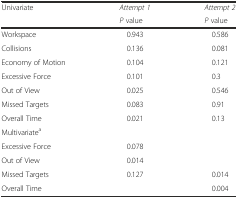
<table><thead><tr><td rowspan="2"><b>Univariate</b></td><td><b><i>Attempt 1</i></b></td><td><b><i>Attempt 2</i></b></td></tr><tr><td><b><i>P</i> value</b></td><td><b><i>P</i> value</b></td></tr></thead><tbody><tr><td>Workspace</td><td>0.943</td><td>0.586</td></tr><tr><td>Collisions</td><td>0.136</td><td>0.081</td></tr><tr><td>Economy of Motion</td><td>0.104</td><td>0.121</td></tr><tr><td>Excessive Force</td><td>0.101</td><td>0.3</td></tr><tr><td>Out of View</td><td>0.025</td><td>0.546</td></tr><tr><td>Missed Targets</td><td>0.083</td><td>0.91</td></tr><tr><td>Overall Time</td><td>0.021</td><td>0.13</td></tr><tr><td>Multivariate<sup>a</sup></td><td>[EMPTY_CELL]</td><td>[EMPTY_CELL]</td></tr><tr><td>Excessive Force</td><td>0.078</td><td>[EMPTY_CELL]</td></tr><tr><td>Out of View</td><td>0.014</td><td>[EMPTY_CELL]</td></tr><tr><td>Missed Targets</td><td>0.127</td><td>0.014</td></tr><tr><td>Overall Time</td><td>[EMPTY_CELL]</td><td>0.004</td></tr></tbody></table>